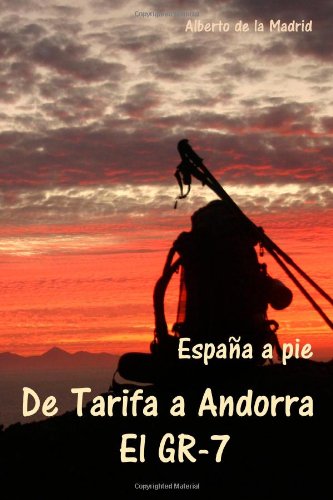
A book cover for EspaÃ±a a pie. Entre Tarifa y Andorra. El GR-7 (Spanish Edition); Alberto de la Madrid; Travel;